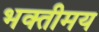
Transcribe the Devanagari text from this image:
भक्तीमय